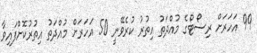
99 އަހަރަށް ރިސޯޓްގެ މުއްދަތު އިތުރު ކުރެވޭނީ 50 އަހަރަށް މުއްދަތު އިތުރުކޮށްފައިވާ